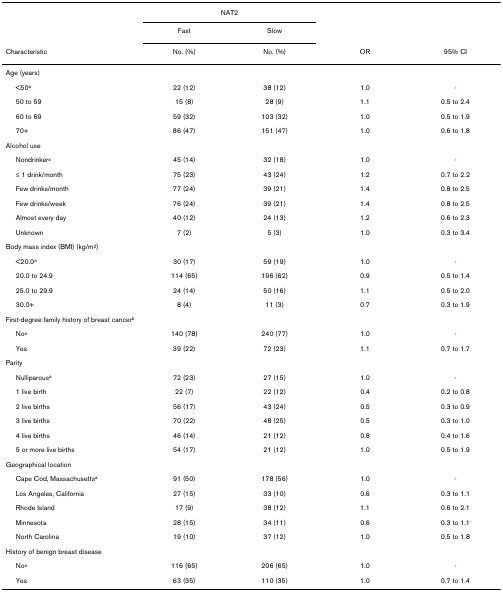
<table><thead><tr><td></td><td colspan="2"><b>NAT2</b></td><td></td><td></td></tr><tr><td></td><td><b>Fast</b></td><td><b>Slow</b></td><td></td><td></td></tr><tr><td><b>Characteristic</b></td><td><b>No. (%)</b></td><td><b>No. (%)</b></td><td><b>OR</b></td><td><b>95% CI</b></td></tr></thead><tbody><tr><td>Age (years)</td><td></td><td></td><td></td><td></td></tr><tr><td> &lt;50<sup>a</sup></td><td>22 (12)</td><td>38 (12)</td><td>1.0</td><td>-</td></tr><tr><td> 50 to 59</td><td>15 (8)</td><td>28 (9)</td><td>1.1</td><td>0.5 to 2.4</td></tr><tr><td> 60 to 69</td><td>59 (32)</td><td>103 (32)</td><td>1.0</td><td>0.5 to 1.9</td></tr><tr><td> 70+</td><td>86 (47)</td><td>151 (47)</td><td>1.0</td><td>0.6 to 1.8</td></tr><tr><td>Alcohol use</td><td></td><td></td><td></td><td></td></tr><tr><td> Nondrinker<sup>a</sup></td><td>45 (14)</td><td>32 (18)</td><td>1.0</td><td>-</td></tr><tr><td> ≤ 1 drink/month</td><td>75 (23)</td><td>43 (24)</td><td>1.2</td><td>0.7 to 2.2</td></tr><tr><td> Few drinks/month</td><td>77 (24)</td><td>39 (21)</td><td>1.4</td><td>0.8 to 2.5</td></tr><tr><td> Few drinks/week</td><td>76 (24)</td><td>39 (21)</td><td>1.4</td><td>0.8 to 2.5</td></tr><tr><td> Almost every day</td><td>40 (12)</td><td>24 (13)</td><td>1.2</td><td>0.6 to 2.3</td></tr><tr><td> Unknown</td><td>7 (2)</td><td>5 (3)</td><td>1.0</td><td>0.3 to 3.4</td></tr><tr><td>Body mass index (BMI) (kg/m<sup>2</sup>)</td><td></td><td></td><td></td><td></td></tr><tr><td> &lt;20.0<sup>a</sup></td><td>30 (17)</td><td>59 (19)</td><td>1.0</td><td>-</td></tr><tr><td> 20.0 to 24.9</td><td>114 (65)</td><td>196 (62)</td><td>0.9</td><td>0.5 to 1.4</td></tr><tr><td> 25.0 to 29.9</td><td>24 (14)</td><td>50 (16)</td><td>1.1</td><td>0.5 to 2.0</td></tr><tr><td> 30.0+</td><td>8 (4)</td><td>11 (3)</td><td>0.7</td><td>0.3 to 1.9</td></tr><tr><td colspan="5">First-degree family history of breast cancer<sup>b</sup></td></tr><tr><td> No<sup>a</sup></td><td>140 (78)</td><td>240 (77)</td><td>1.0</td><td>-</td></tr><tr><td> Yes</td><td>39 (22)</td><td>72 (23)</td><td>1.1</td><td>0.7 to 1.7</td></tr><tr><td>Parity</td><td></td><td></td><td></td><td></td></tr><tr><td> Nulliparous<sup>a</sup></td><td>72 (23)</td><td>27 (15)</td><td>1.0</td><td>-</td></tr><tr><td> 1 live birth</td><td>22 (7)</td><td>22 (12)</td><td>0.4</td><td>0.2 to 0.8</td></tr><tr><td> 2 live births</td><td>56 (17)</td><td>43 (24)</td><td>0.5</td><td>0.3 to 0.9</td></tr><tr><td> 3 live births</td><td>70 (22)</td><td>48 (25)</td><td>0.5</td><td>0.3 to 1.0</td></tr><tr><td> 4 live births</td><td>46 (14)</td><td>21 (12)</td><td>0.8</td><td>0.4 to 1.6</td></tr><tr><td> 5 or more live births</td><td>54 (17)</td><td>21 (12)</td><td>1.0</td><td>0.5 to 1.9</td></tr><tr><td>Geographical location</td><td></td><td></td><td></td><td></td></tr><tr><td> Cape Cod, Massachusetts<sup>a</sup></td><td>91 (50)</td><td>178 (56)</td><td>1.0</td><td>-</td></tr><tr><td> Los Angeles, California</td><td>27 (15)</td><td>33 (10)</td><td>0.6</td><td>0.3 to 1.1</td></tr><tr><td> Rhode Island</td><td>17 (9)</td><td>38 (12)</td><td>1.1</td><td>0.6 to 2.1</td></tr><tr><td> Minnesota</td><td>28 (15)</td><td>34 (11)</td><td>0.6</td><td>0.3 to 1.1</td></tr><tr><td> North Carolina</td><td>19 (10)</td><td>37 (12)</td><td>1.0</td><td>0.5 to 1.8</td></tr><tr><td colspan="5">History of benign breast disease</td></tr><tr><td> No<sup>a</sup></td><td>116 (65)</td><td>206 (65)</td><td>1.0</td><td>-</td></tr><tr><td> Yes</td><td>63 (35)</td><td>110 (35)</td><td>1.0</td><td>0.7 to 1.4</td></tr></tbody></table>